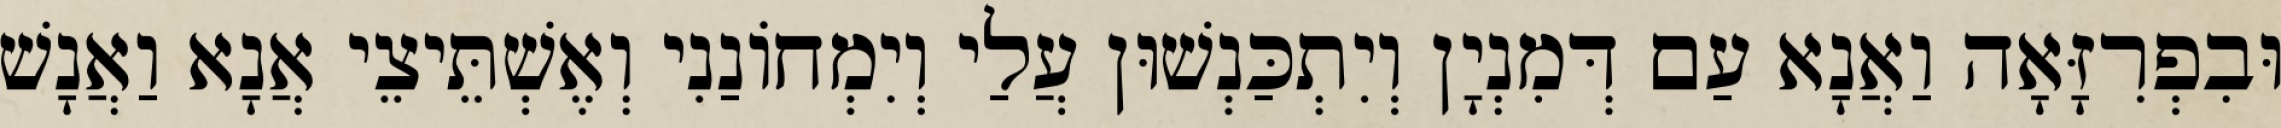
וּבִפְרִזָּאָה וַאֲנָא עַם דְּמִנְיָן וְיִתְכַּנְשׁוּן עֲלַי וְיִמְחוֹנַנִי וְאֶשְׁתֵּיצֵי אֲנָא וַאֲנָשׁ